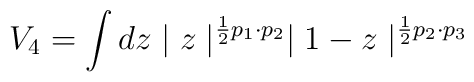
V_4 = \int dz \mid z \mid^{\frac{1}{2} p_1 \cdot p_2} \mid 1-z\mid^{\frac{1}{2}p_2 \cdot p_3}